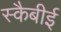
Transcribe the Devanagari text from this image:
स्कैबीई